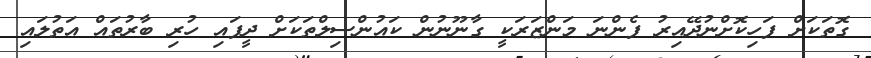
ގޮތަކަށް ފަހިކޮށްނުދޭއިރު ފެންނަ މަންޒަރަކީ ގާނޫނުން ކައުންސިލްތަކަށް ދީފައި ހުރި ބާރުތައް އަތުލައި